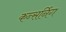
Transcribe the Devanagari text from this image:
कन्सर्निग